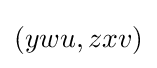
(ywu,zxv)